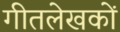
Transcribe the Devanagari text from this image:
गीतलेखकों